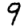
Digit: 9